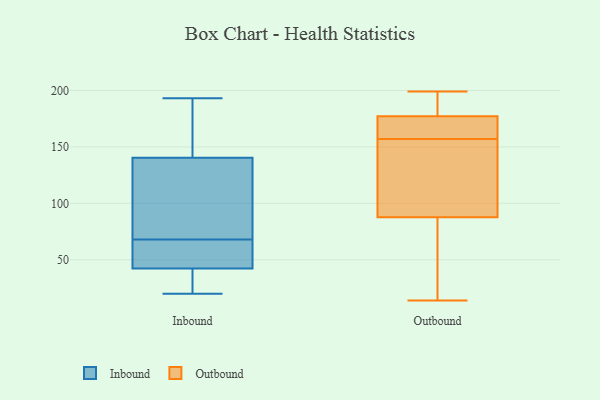
{"axis": {"x": "Waste Production (Tons)", "y": "Value"}, "legend": ["Inbound", "Outbound"], "data": [{"x": "", "y": 55, "type": "Inbound"}, {"x": "", "y": 182, "type": "Inbound"}, {"x": "", "y": 120, "type": "Inbound"}, {"x": "", "y": 147, "type": "Inbound"}, {"x": "", "y": 40, "type": "Inbound"}, {"x": "", "y": 116, "type": "Inbound"}, {"x": "", "y": 34, "type": "Inbound"}, {"x": "", "y": 68, "type": "Inbound"}, {"x": "", "y": 54, "type": "Inbound"}, {"x": "", "y": 20, "type": "Inbound"}, {"x": "", "y": 106, "type": "Inbound"}, {"x": "", "y": 64, "type": "Inbound"}, {"x": "", "y": 42, "type": "Inbound"}, {"x": "", "y": 121, "type": "Inbound"}, {"x": "", "y": 179, "type": "Inbound"}, {"x": "", "y": 35, "type": "Inbound"}, {"x": "", "y": 43, "type": "Inbound"}, {"x": "", "y": 193, "type": "Inbound"}, {"x": "", "y": 150, "type": "Inbound"}, {"x": "", "y": 187, "type": "Outbound"}, {"x": "", "y": 75, "type": "Outbound"}, {"x": "", "y": 14, "type": "Outbound"}, {"x": "", "y": 156, "type": "Outbound"}, {"x": "", "y": 131, "type": "Outbound"}, {"x": "", "y": 92, "type": "Outbound"}, {"x": "", "y": 174, "type": "Outbound"}, {"x": "", "y": 157, "type": "Outbound"}, {"x": "", "y": 187, "type": "Outbound"}, {"x": "", "y": 159, "type": "Outbound"}, {"x": "", "y": 199, "type": "Outbound"}, {"x": "", "y": 157, "type": "Outbound"}, {"x": "", "y": 74, "type": "Outbound"}]}